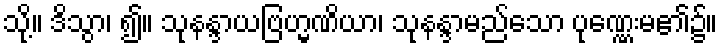
သို့။ ဒိသွာ၊ ၍။ သုနန္ဒာယဗြဟ္မဏိယာ၊ သုနန္ဒာမည်သော ပုဏ္ဏေးမ၏၌။